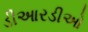
ડીઆરડીઓ